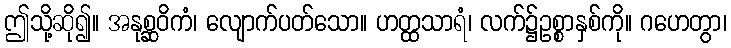
ဤသို့ဆို၍။ အနုစ္ဆဝိကံ၊ လျောက်ပတ်သော။ ဟတ္ထသာရံ၊ လက်၌ဥစ္စာနှစ်ကို။ ဂဟေတွာ၊